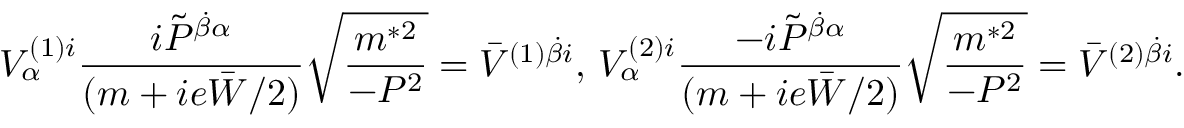
{ \displaystyle V _ { \alpha } ^ { ( 1 ) i } \frac { i \tilde { \cal P } ^ { \dot { \beta } \alpha } } { ( m + i e \bar { W } / 2 ) } \sqrt { \frac { m ^ { * 2 } } { - { \cal P } ^ { 2 } } } = \bar { V } ^ { ( 1 ) \dot { \beta } i } \mathrm { , ~ } V _ { \alpha } ^ { ( 2 ) i } \frac { - i \tilde { \cal P } ^ { \dot { \beta } \alpha } } { ( m + i e \bar { W } / 2 ) } \sqrt { \frac { m ^ { * 2 } } { - { \cal P } ^ { 2 } } } = \bar { V } ^ { ( 2 ) \dot { \beta } i } } .